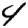
Digit: 4